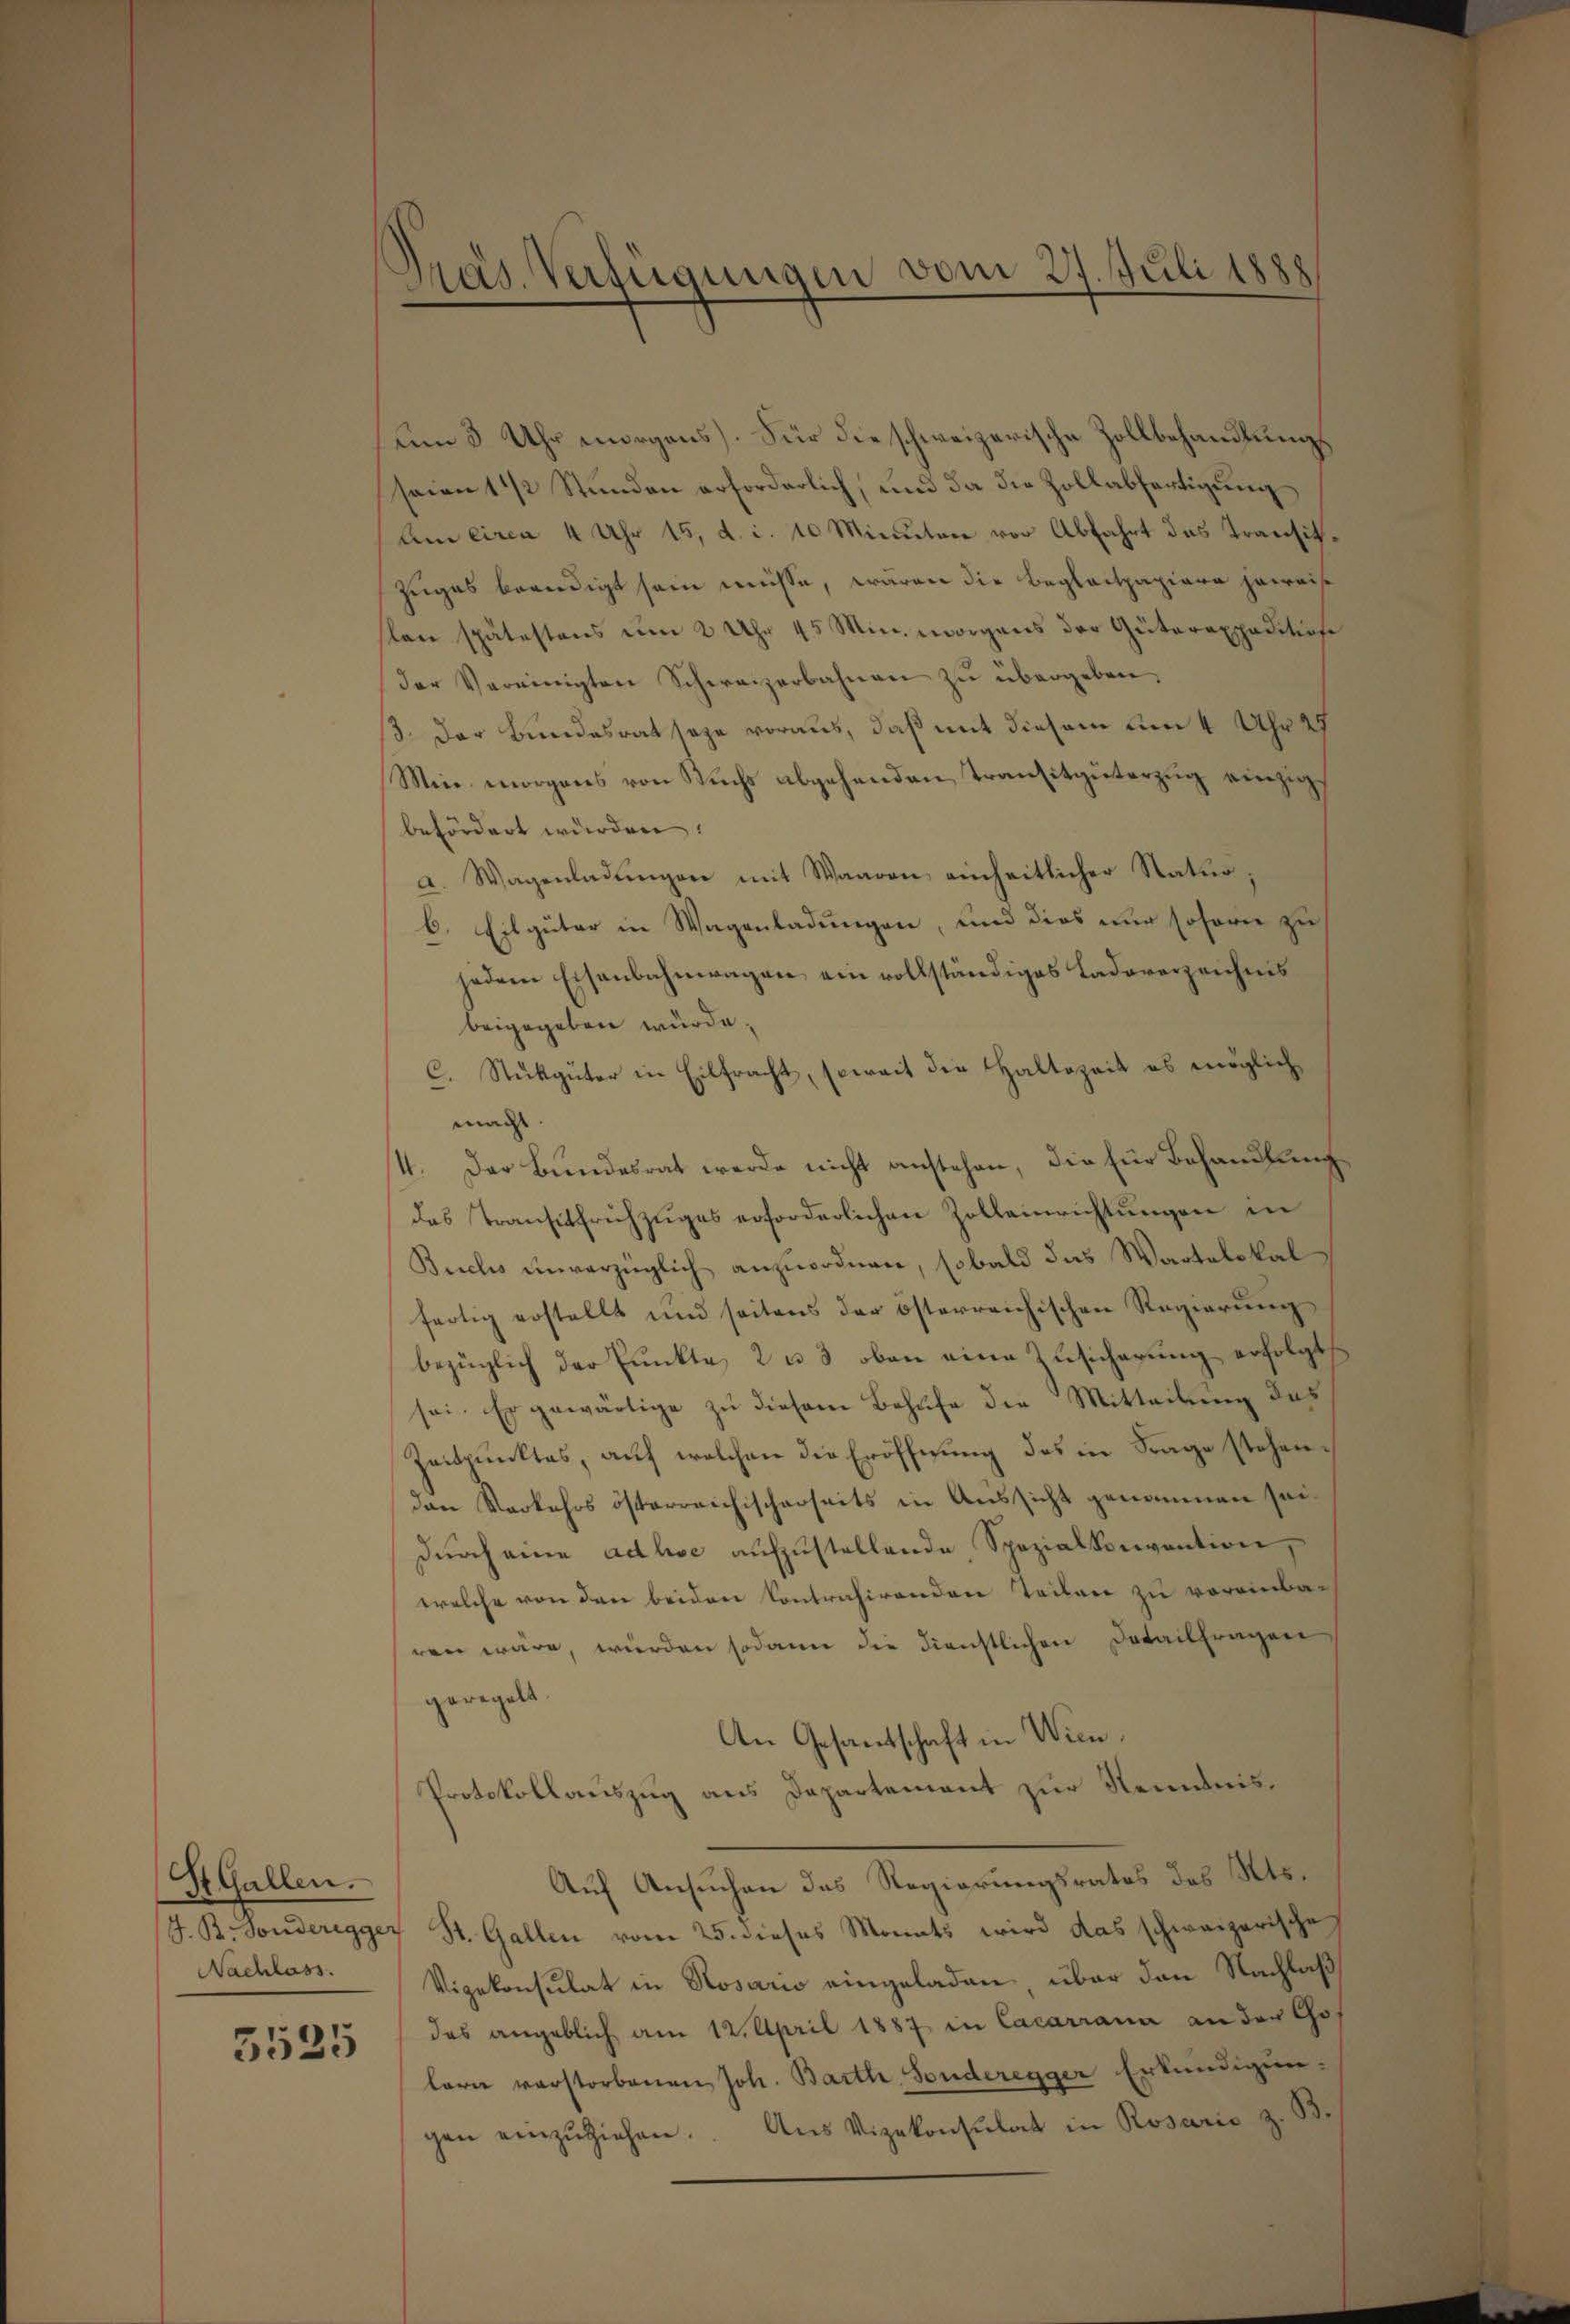
StGallen.
Nachlass.

3525

um 3 Uhr morgens. Für die schweizerische Zollbehandlungssaien 1 ½ Stunden erforderlich, und da die Zollabfertigung
Am circa 4 Uhr 15, d. i. 10 Minuten vor Abfahrt das Transit¬
Zuges beendigt sein müsse, waren die Beglaitpapiere jeweise
slen spätestens um 2 Uhr 45 Min. morgens der Güterexpeditiose
der Vereinigten Schweizerbahnen zu übergeben,
3. Der Bundesrat seze voraus, daß mit diesem um 4 Uhr 29
Min morgens von Ruchs abgehenden Transitgüterzug einzigbefördert wurden.
a. Wagenladŭngen mit Waaren einheitlicher Natur,
b. Eilgüter in Wagenladungen, und dies nur soforn zu
jedem Eisenbahnwagen ein vollständiges Ladeverzeichnis
beigegeben würde.
C. Stuckgüter in Eilfracht, soweit die Haltezeit es möglich
mad
4. Der Bundesrat werde nicht anstehen, die für Behandlung
das Transitfrichzuges erforderlichen Zolleinrichtungen in
Bieelis unverzüglich anzuordnen, sobald das Wartalskal
fertig erstellt und seitens der österreichischen Regierungs
bezüglich der Punkte, 2 u 3 oben eine Zusicherung erfolgt
sei. Er gewärtige zu diesem Behufe die Mitteilung das
Zeitpunktes, auf welchen die Eröffnung des in Frage stehenden Verkehrs österreichischerseits in Aussicht genommen seidurch eine adhoc aufzustellende Spezialkonvention,
welche von den beiden Contrahirenden Teilen zu voreinba-
ren wäre, würden sodann die Dienstlichen Detailfragen
geregelt.
An Gesantschaft in Wien.
Protokollauszug aus Departement zur Reminis¬
Auf Ansuchen das Regierungsrates des Kts.
J. B. Sonderegger St. Gallen vom 25. dieses Monats wird das schweizerische
Vizekonsulat in Rosario eingeladen über den Nachlaß
das angeblich am 12. April 1887 in Cacariana an der Chof
lern verstorbenen Joh. Bartl Sonderegger Erkundigungen einzŭziehen. Aus Vizekonsulat in Rosarie z. B.

Pras. Verfügungen vom 27. Juli 1888